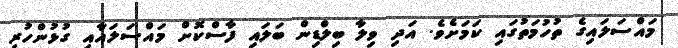
މައްސަލައިގެ ތުހުމަތުގައި ކަމަށެވެ. އަދި ވިލާ ބިލްޑިން ބަލައި ފާސްކޮށް މައްސަލައާއި ގުޅުންހުރި